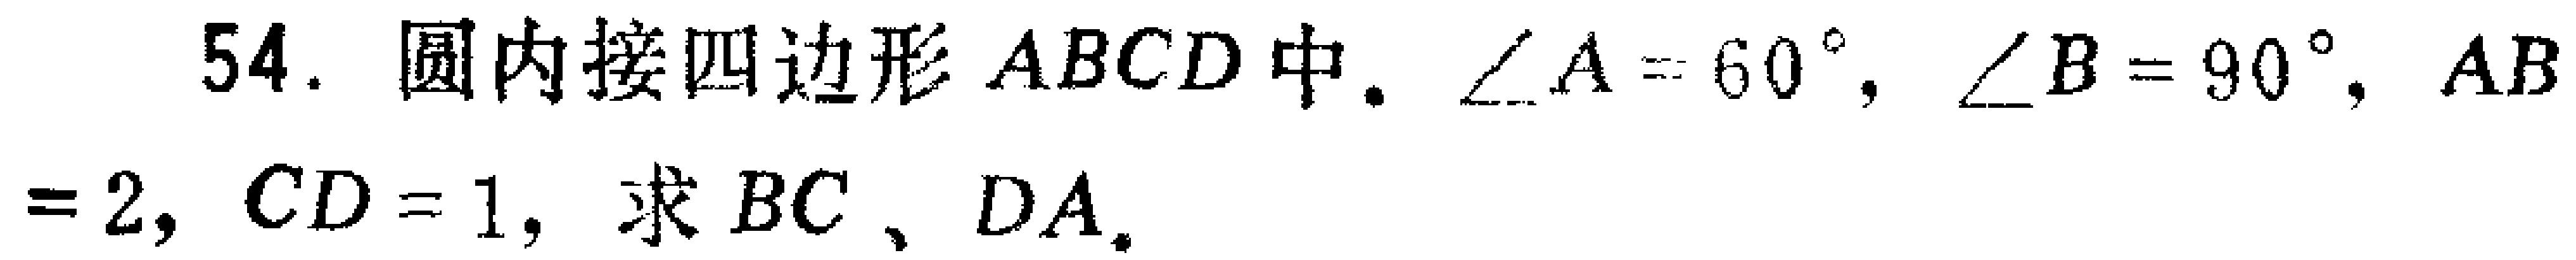
54. 圆内接四边形 \(ABCD\) 中. \(\angle A = 60^{\circ}\), \(\angle B = 90^{\circ}\), \(AB = 2\), \(CD = 1\), 求 \(BC\)、\(DA\).